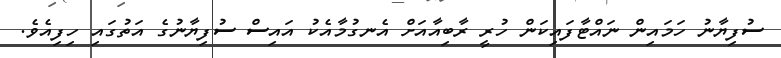
ސުފިޔާނު ހަމައިން ނައްޓާފައިކަން ހުރީ ރާބިއާއަށް އެނގުމާއެކު އައިސް ސުފިޔާނުގެ އަތުގައި ހިފިއެވެ.